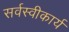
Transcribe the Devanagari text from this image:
सर्वस्वीकार्य